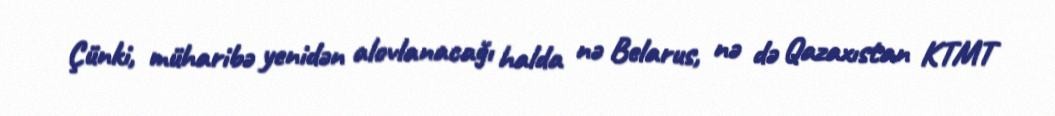
Çünki, müharibə yenidən alovlanacağı halda nə Belarus, nə də Qazaxıstan KTMT